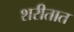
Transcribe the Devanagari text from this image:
शरीतात